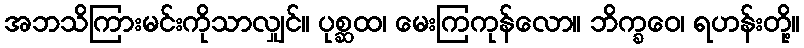
အဘသိကြားမင်းကိုသာလျှင်။ ပုစ္ဆထ၊ မေးကြကုန်လော။ ဘိက္ခဝေ၊ ရဟန်းတို့။